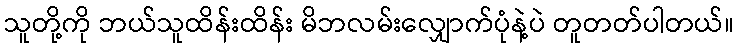
သူတို့ကို ဘယ်သူထိန်းထိန်း မိဘလမ်းလျှောက်ပုံနဲ့ပဲ တူတတ်ပါတယ်။